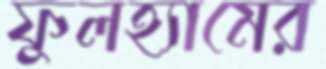
ফুলহ্যামের